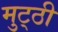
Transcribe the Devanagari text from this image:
मुट्‌ठी